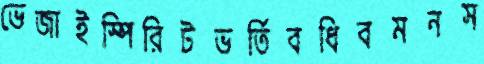
ভেজাইস্পিরিটভর্তিবধিবমনস